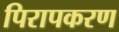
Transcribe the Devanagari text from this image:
पिरापकरण